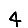
Digit: 4